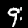
Label: 9